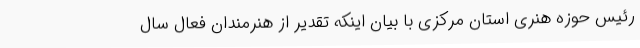
رئیس حوزه هنری استان مرکزی با بیان اینکه تقدیر از هنرمندان فعال سال